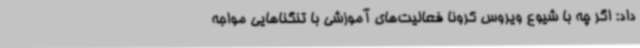
داد: اگر چه با شیوع ویروس کرونا فعالیت‌های آموزشی با تنگناهایی مواجه